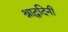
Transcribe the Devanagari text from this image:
श्राद्धदिनी